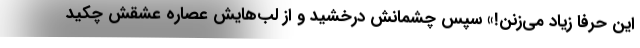
این حرفا زیاد می‌زنن!» سپس چشمانش درخشید و از لب‌هایش عصاره عشقش چکید